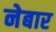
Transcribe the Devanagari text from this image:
नेबार